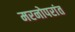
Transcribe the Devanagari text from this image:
मरनोपरांत